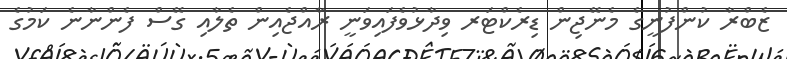
ޒެބްރާ ކުންފުނީގެ މެނޭޖިން ޑިރެކްޓަރ ވިދާޅުވެފައިވަނީ ރާއްޖެއިން ތެލާއި ގޭސް ފެންނާނެ ކަމުގެ